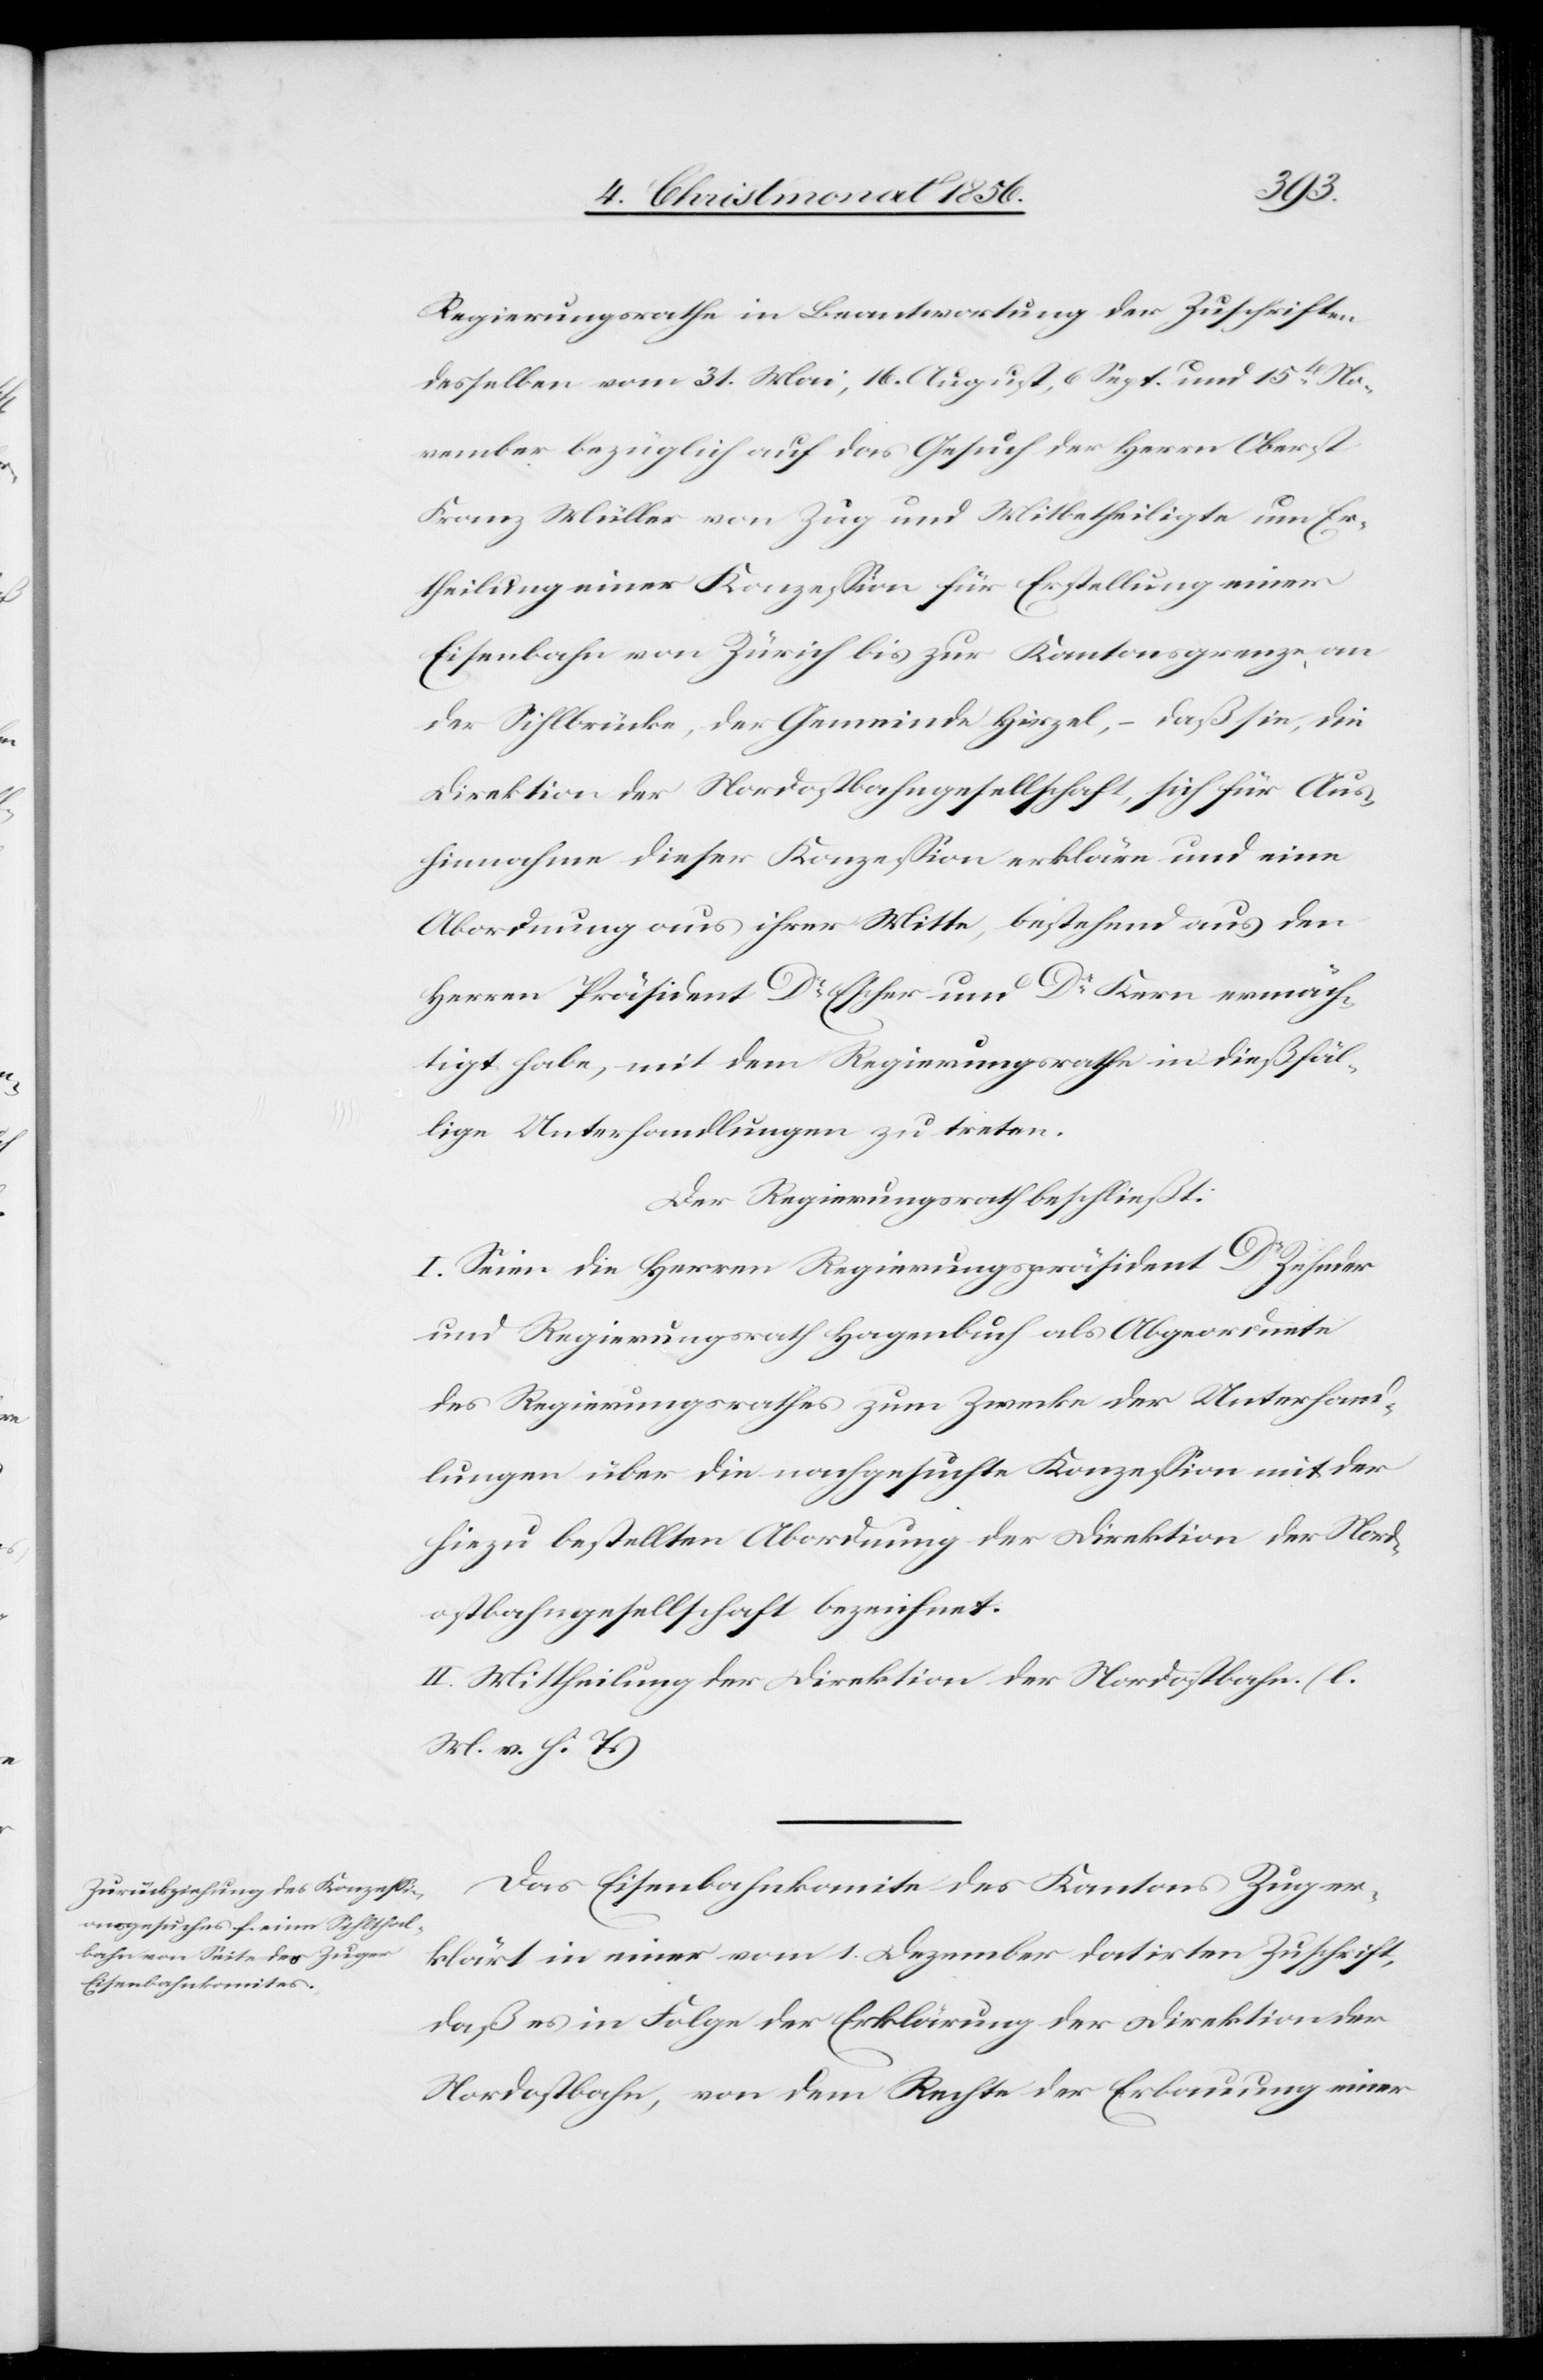
Regierungsrathe in Beantwortung der Zuschriften
desselben vom 31. Mai, 16. August, 6 Sept. und 15t No¬
vember bezüglich auf das Gesuch der Herrn Oberst
Franz Müller von Zug und Mitbetheiligte um Er¬
theilung einer Konzession für Erstellung einer
Eisenbahn von Zürich bis zur Kantonsgrenze an
der Sihlbrücke, der Gemeinde Hirzel, – daß sie, die
Direktion der Nordostbahngesellschaft, sich für Aus¬
hinnahme dieser Konzession erkläre und eine
Abordnung aus ihrer Mitte, bestehend aus den
Herren Präsident Dr Escher und Dr Kern ermäch¬
tigt habe, mit dem Regierungsrathe in dießfäl¬
lige Unterhandlungen zu treten.
Der Regierungsrath beschließt:
I. Seien die Herren Regierungspräsident Dr Zehnder
und Regierungsrath Hagenbuch als Abgeordnete
des Regierungsrathes zum Zwecke der Unterhand¬
lungen über die nachgesuchte Konzession mit der
hiezu bestellten Abordnung der Direktion der Nord¬
ostbahngesellschaft bezeichnet.
II. Mittheilung der Direktion der Nordostbahn. (l.
M. v. h. T.)
Das Eisenbahnkomite des Kantons Zug er¬
klärt in einer vom 1. Dezember datirten Zuschrift,
daß es in Folge der Erklärung der Direktion der
Nordostbahn, von dem Rechte der Erbauung einer